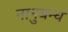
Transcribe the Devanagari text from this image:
नानुबन्धं